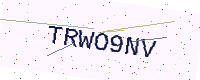
Text: TRWO9NV